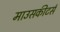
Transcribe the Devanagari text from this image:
माउसकीटर्स